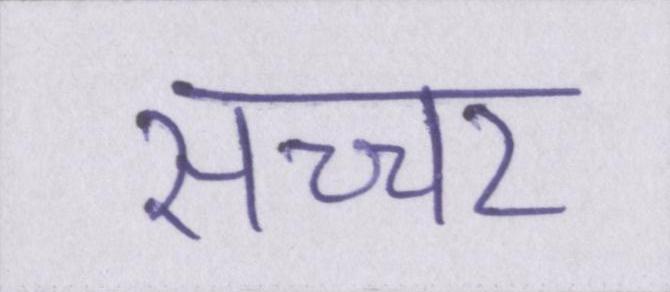
सच्चर